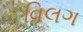
વિલગ